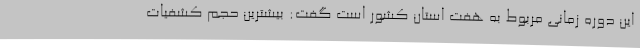
این دوره زمانی مربوط به هفت استان کشور است گفت: بیشترین حجم کشفیات